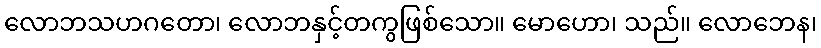
လောဘသဟဂတော၊ လောဘနှင့်တကွဖြစ်သော။ မောဟော၊ သည်။ လောဘေန၊